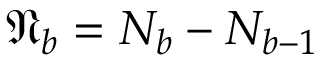
\mathfrak { N } _ { b } = N _ { b } - N _ { b - 1 }